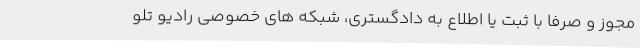
مجوز و صرفا با ثبت یا اطلاع به دادگستری، شبکه های خصوصی رادیو تلو